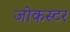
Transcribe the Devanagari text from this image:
जोकस्टर